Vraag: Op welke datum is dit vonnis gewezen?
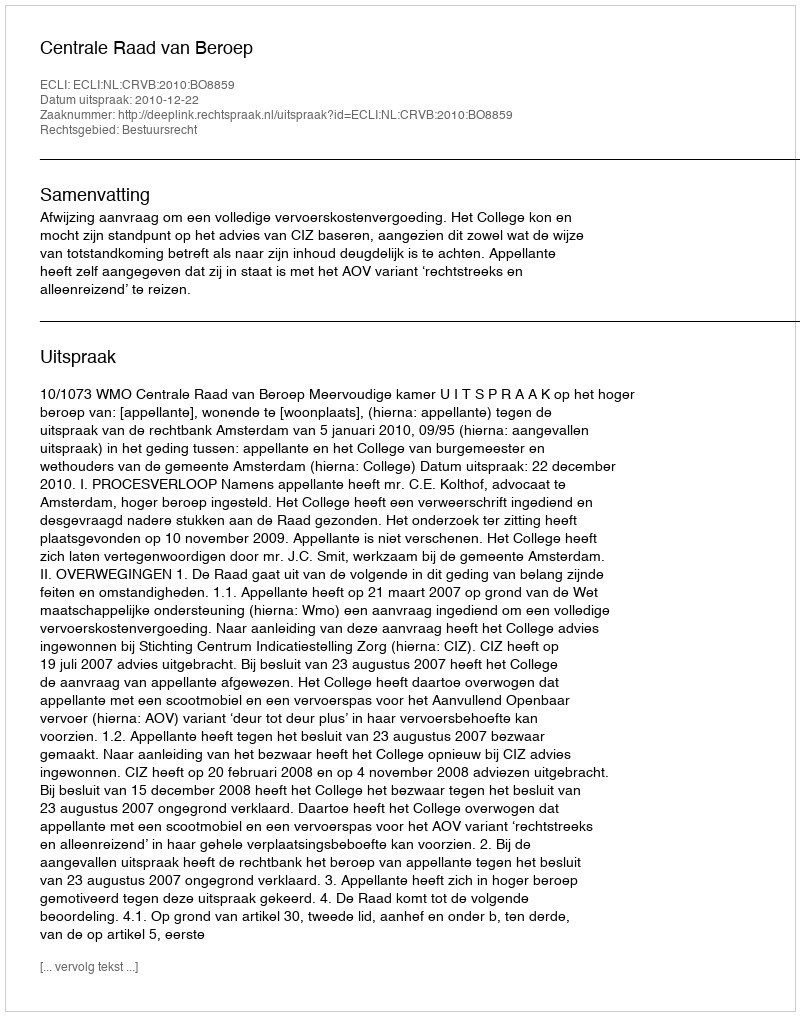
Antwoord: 2010-12-22